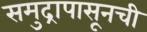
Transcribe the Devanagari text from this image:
समुद्रापासूनची